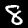
Label: 8